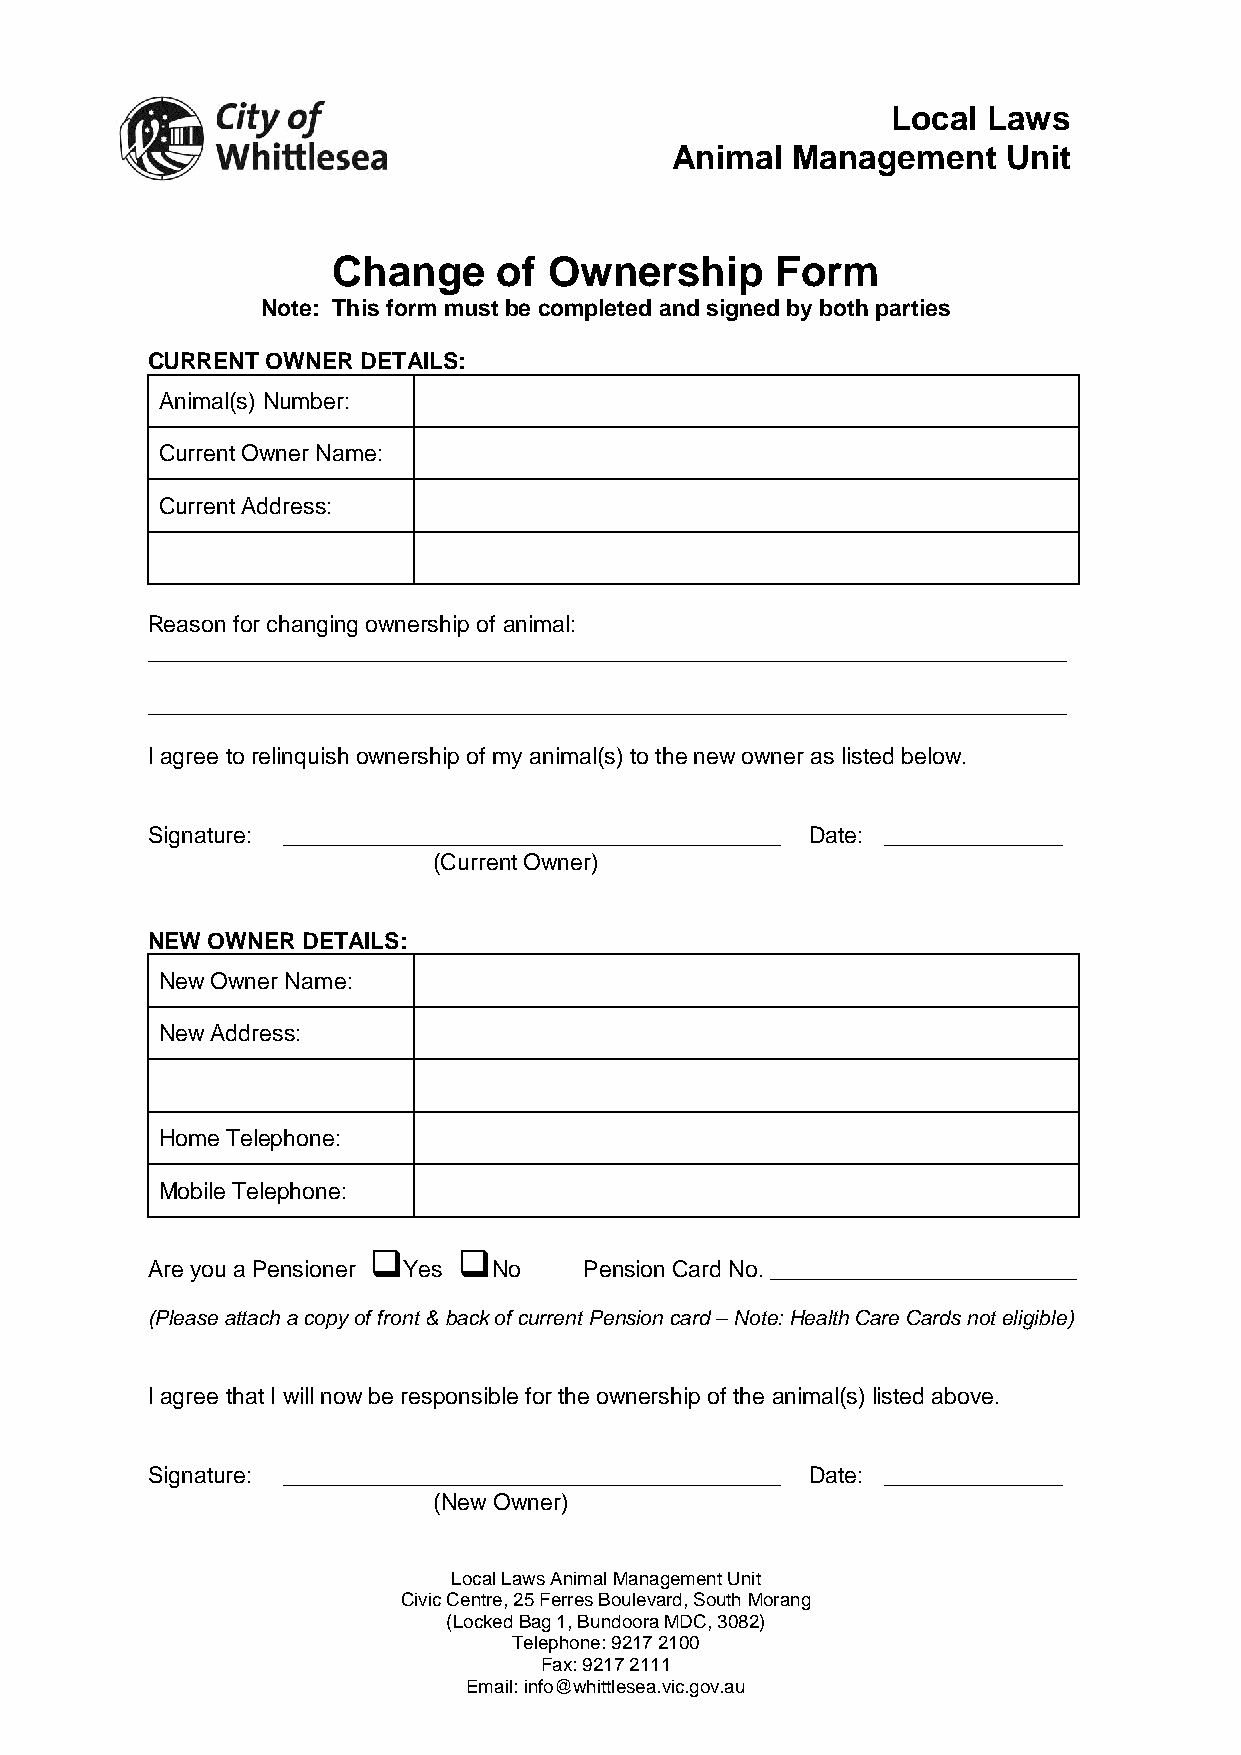
Local Laws
 Animal  Management     Unit
 Change     of Ownership      Form
 Note: This form must be completed and signed by both parties
 CURRENT OWNER DETAILS:
 Animal(s) Number:
 Current Owner Name:
 Current Address:
 Reason for changing ownership of animal:
 ________________________________________________________________________
 ________________________________________________________________________
 I agree to relinquish ownership of my animal(s) to the new owner as listed below.
 Signature: _______________________________________ Date: ______________
 (Current Owner)
 NEW OWNER DETAILS:
 New Owner Name:
 New Address:
 Home Telephone:
 Mobile Telephone:
      
 Are you a Pensioner Yes No   Pension Card No. ________________________
 (Please attach a copy of front & back of current Pension card – Note: Health Care Cards not eligible)
 I agree that I will now be responsible for the ownership of the animal(s) listed above.
 Signature: _______________________________________ Date: ______________
 (New Owner)
 Local Laws Animal Management Unit
 Civic Centre, 25 Ferres Boulevard, South Morang
 (Locked Bag 1, Bundoora MDC, 3082)
 Telephone: 9217 2100
 Fax: 9217 2111
 Email: info@whittlesea.vic.gov.au